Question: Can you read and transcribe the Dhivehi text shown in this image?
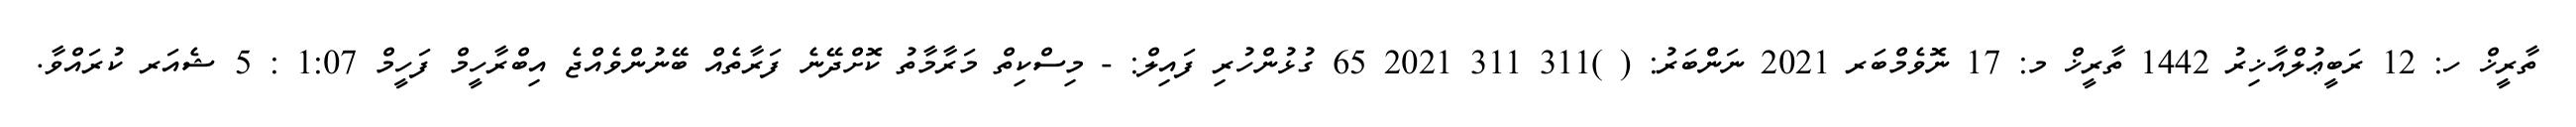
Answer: ތާރީޚް ހ: 12 ރަބީޢުލްއާޚިރު 1442 ތާރީޚް މ: 17 ނޮވެމްބަރ 2021 ނަންބަރު: ( )311 311 2021 65 ގުޅުންހުރި ފައިލް: - މިސްކިތް މަރާމާތު ކޮށްދޭނެ ފަރާތެއް ބޭނުންވެއްޖެ އިބްރާހީމް ފަހީމް 1:07 : 5 ޝެއަރ ކުރައްވާ.